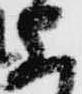
上